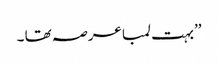
’’بہت لمبا عرصہ تھا ۔